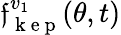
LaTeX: \mathfrak{f}_{\mathrm{{~k~e~p~}}}^{v_{1}}(\theta,t)